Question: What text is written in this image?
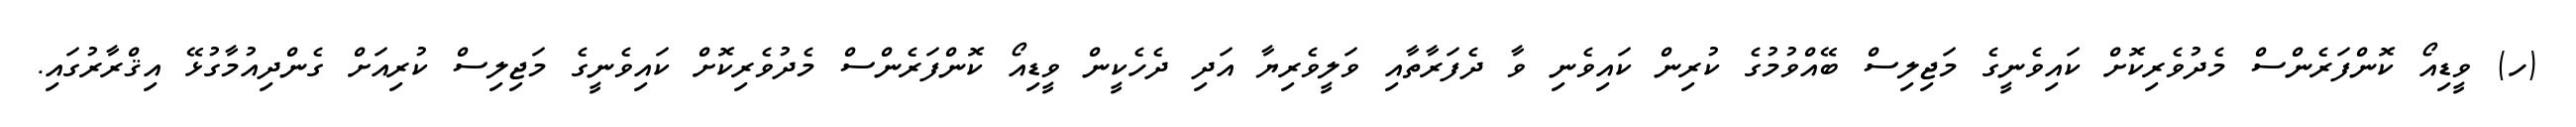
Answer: (ހ) ވީޑިއޯ ކޮންފަރެންސް މެދުވެރިކޮށް ކައިވެނީގެ މަޖިލިސް ބޭއްވުމުގެ ކުރިން ކައިވެނި ވާ ދެފަރާތާއި ވަލީވެރިޔާ އަދި ދެހެކީން ވީޑިއޯ ކޮންފަރެންސް މެދުވެރިކޮށް ކައިވެނީގެ މަޖިލިސް ކުރިއަށް ގެންދިއުމާގުޅޭ އިޤްރާރުގައި.